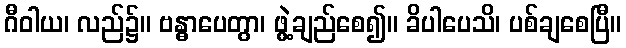
ဂီဝါယ၊ လည်၌။ ဗန္ဓာပေတွာ၊ ဖွဲ့ချည်စေ၍။ ခိပါပေသိ၊ ပစ်ချစေပြီ။